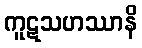
ကူဋသဟဿာနိ